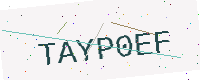
Text: TAYP0EF